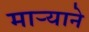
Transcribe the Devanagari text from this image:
मार्‍याने